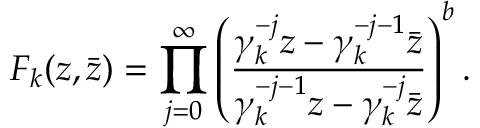
F _ { k } ( z , \bar { z } ) = \prod _ { j = 0 } ^ { \infty } \left( { \frac { \gamma _ { k } ^ { - j } z - \gamma _ { k } ^ { - j - 1 } \bar { z } } { \gamma _ { k } ^ { - j - 1 } z - \gamma _ { k } ^ { - j } \bar { z } } } \right) ^ { b } .